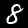
Label: 8